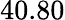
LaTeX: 40.80